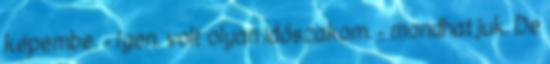
képembe. - Igen. volt olyan időszakom. - mondhatjuk. De